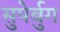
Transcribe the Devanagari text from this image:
सुपेर्बुग